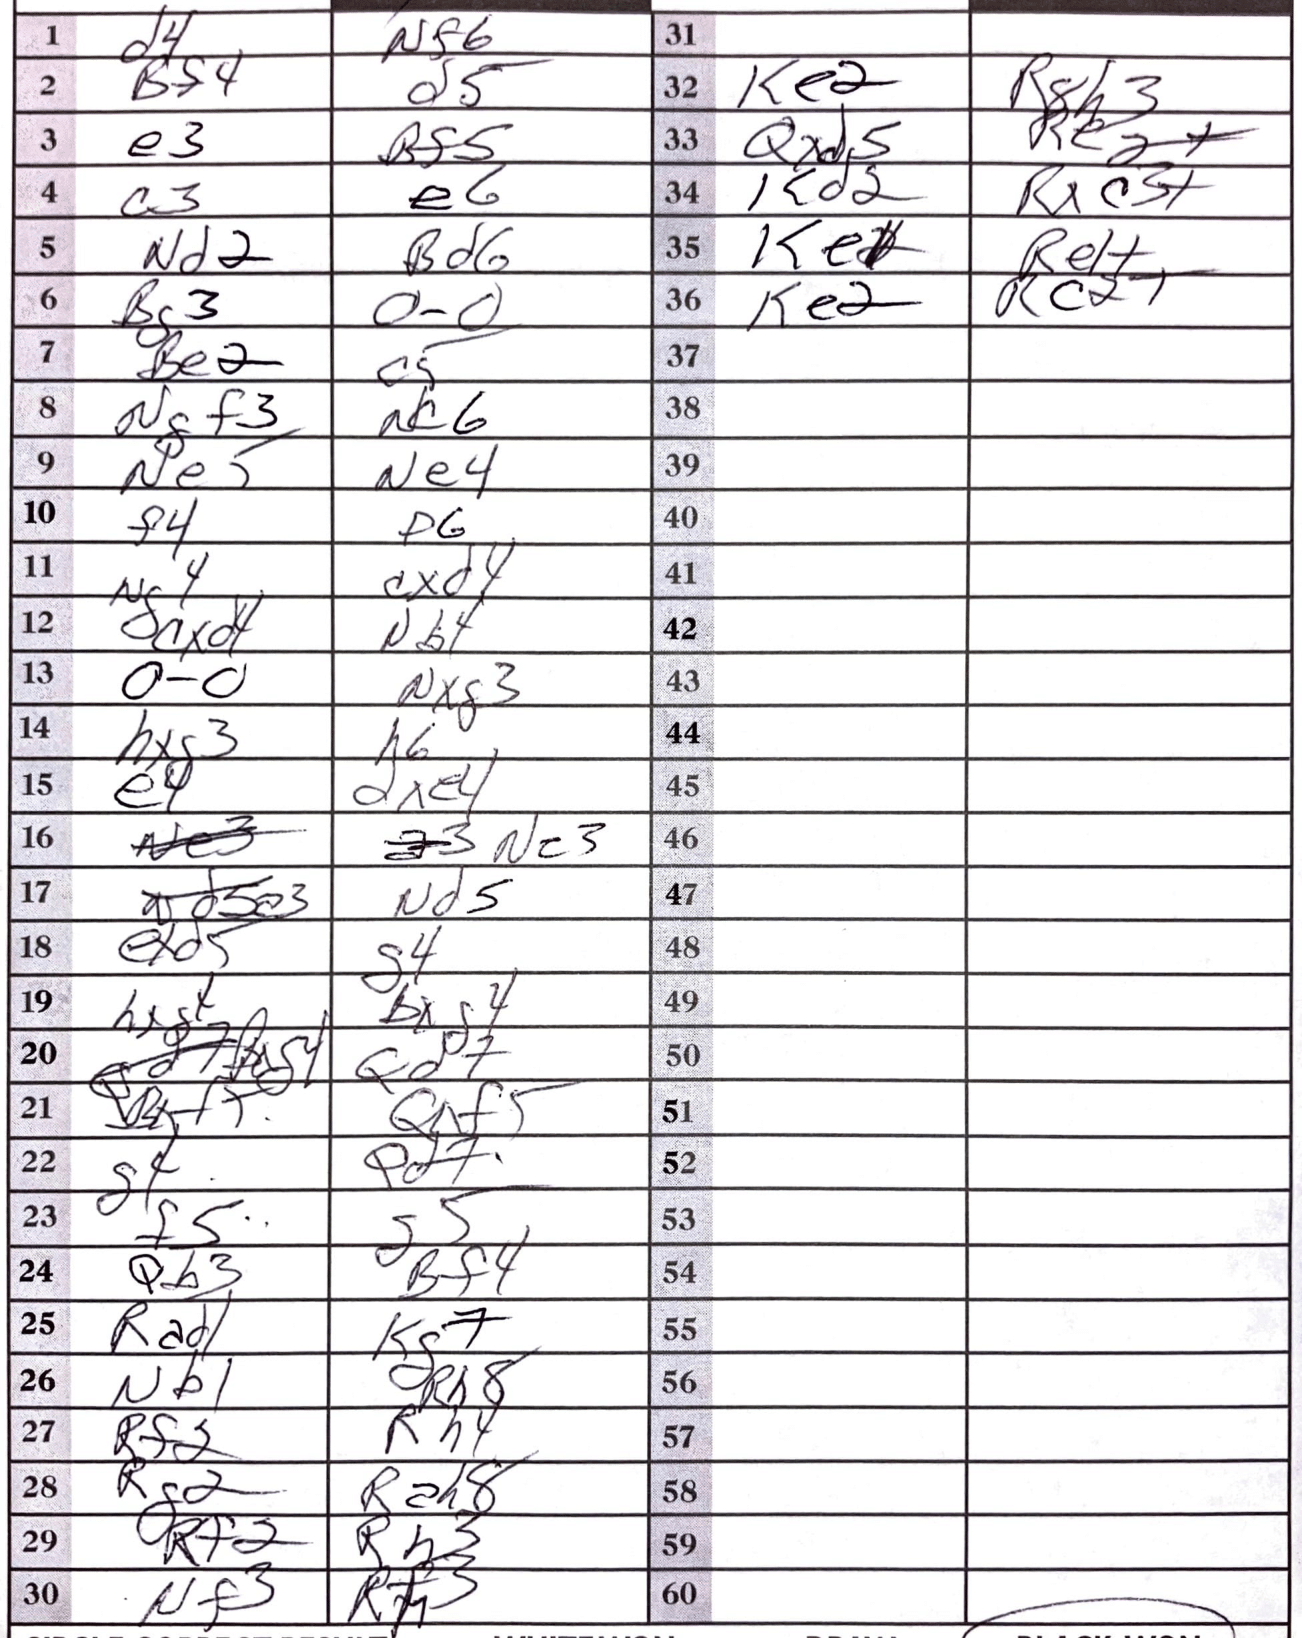
Moves: d4 Nf6 Bf4 d5 e3 Bf5 c3 e6 Nd2 Bd6 Bg3 O-O Be2 c5 Ngf3 Nc6 Ne5 Ne4 f4 f6 Ng4 cxd4 cxd4 Nb4 O-O Nxg3 hxg3 h6 e4 dxe4 Nc3 Nd5 exd5 g4 hxg4 bxg4 Qd7 Qxf5 g4 Qd7 f5 g5 Qb3 Bf4 Rad1 Kg7 Nb1 Rh8 Rf2 Rh4 Rg2 Rah8 Rf2 Rh3 Nf3 Rh3 Ke2 Rgh3 Qxd5 Re2+ Kd2 Rxc3+ Ke2 Re1+ Ke2 Rc2+